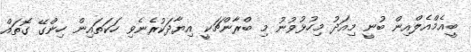
ބީއެމްއެލްއިން ބުނީ މިއަދު މިހުޅުވުނު މި ބްރާންޗަކީ އިޔާދަކުރެނެވި ހަކަތައިން ހިންގޭ ގޮތައް